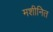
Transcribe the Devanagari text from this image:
मशीनित